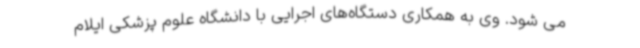
می شود. وی به همکاری دستگاه‌های اجرایی با دانشگاه علوم پزشکی ایلام